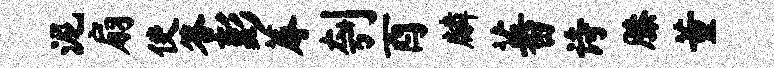
泥扇使答彭蓐刳酉麟蕃诗膝董